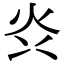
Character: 𭴑